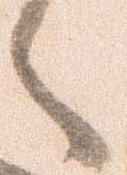
之